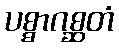
ပစ္စာဂစ္ဆတံ